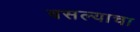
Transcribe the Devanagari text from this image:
बसल्याचा